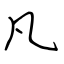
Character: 凡